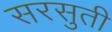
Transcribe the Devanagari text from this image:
सरसुती